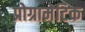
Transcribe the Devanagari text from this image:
प्रोग्रामेटिक